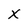
Character: X